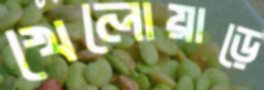
খেলোয়াড়ে